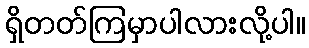
ရှိတတ်ကြမှာပါလားလို့ပါ။